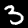
Digit: 3